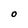
Character: O